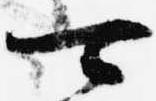
可